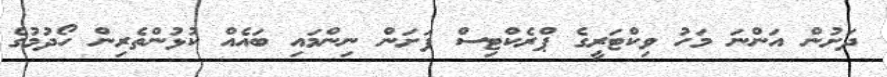
ދަށުން އަންނަ މަހު ވިކްޓަރީގެ ޕްރެކްޓިސް ފަށަން ނިންމައި ބައެއް ކުޅުންތެރިން ހޯދުމުގެ